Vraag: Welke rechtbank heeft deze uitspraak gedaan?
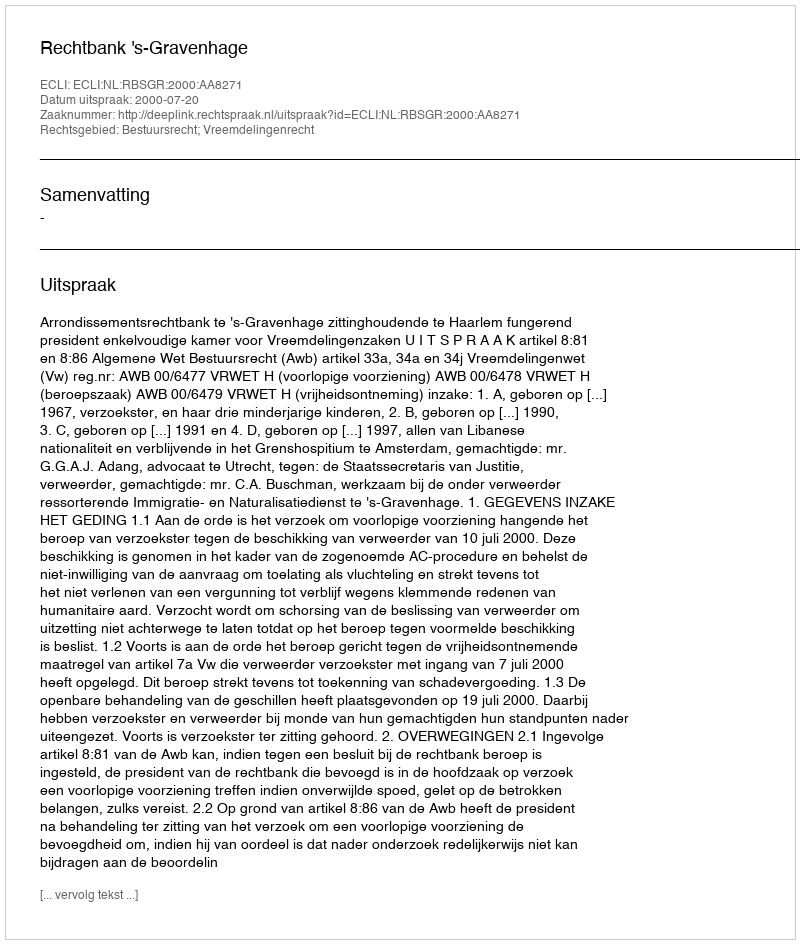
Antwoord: Rechtbank 's-Gravenhage